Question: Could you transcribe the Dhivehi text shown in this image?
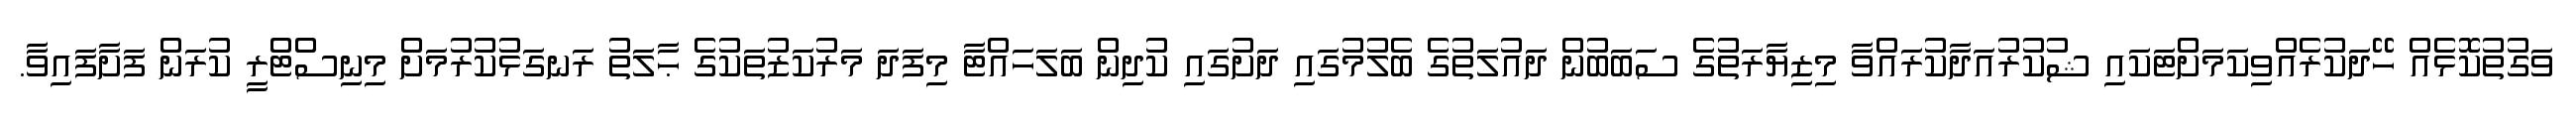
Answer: ވަގުތުކޮޅެއް ހޭދަކުރެއްވިކަމަށްޓަކައި ޝުކުރުއަދާކުރައްވާ މިޒިޔާރަތުގެ ސަބަބުން ދައުލަތުގެ ބެލުމުގައި ދަށުގައި ކުދިން ބަލަހައްޓާ މިފަދަ މަރުކަޒުތަކުގެ ޙާލަތު ރަނގަޅުކުރުމަށް މިނިސްޓްރީ ކުރަން ފަށާފައިވާ.